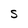
Character: S